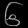
Digit: ၆